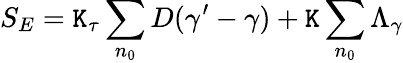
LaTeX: S_{E}=\mathtt{K}_{\tau}\sum_{n_{0}}D(\gamma^{\prime}-\gamma)+\mathtt{K}\sum_{n_{0}}\Lambda_{\gamma}